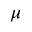
\mu